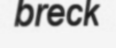
breck